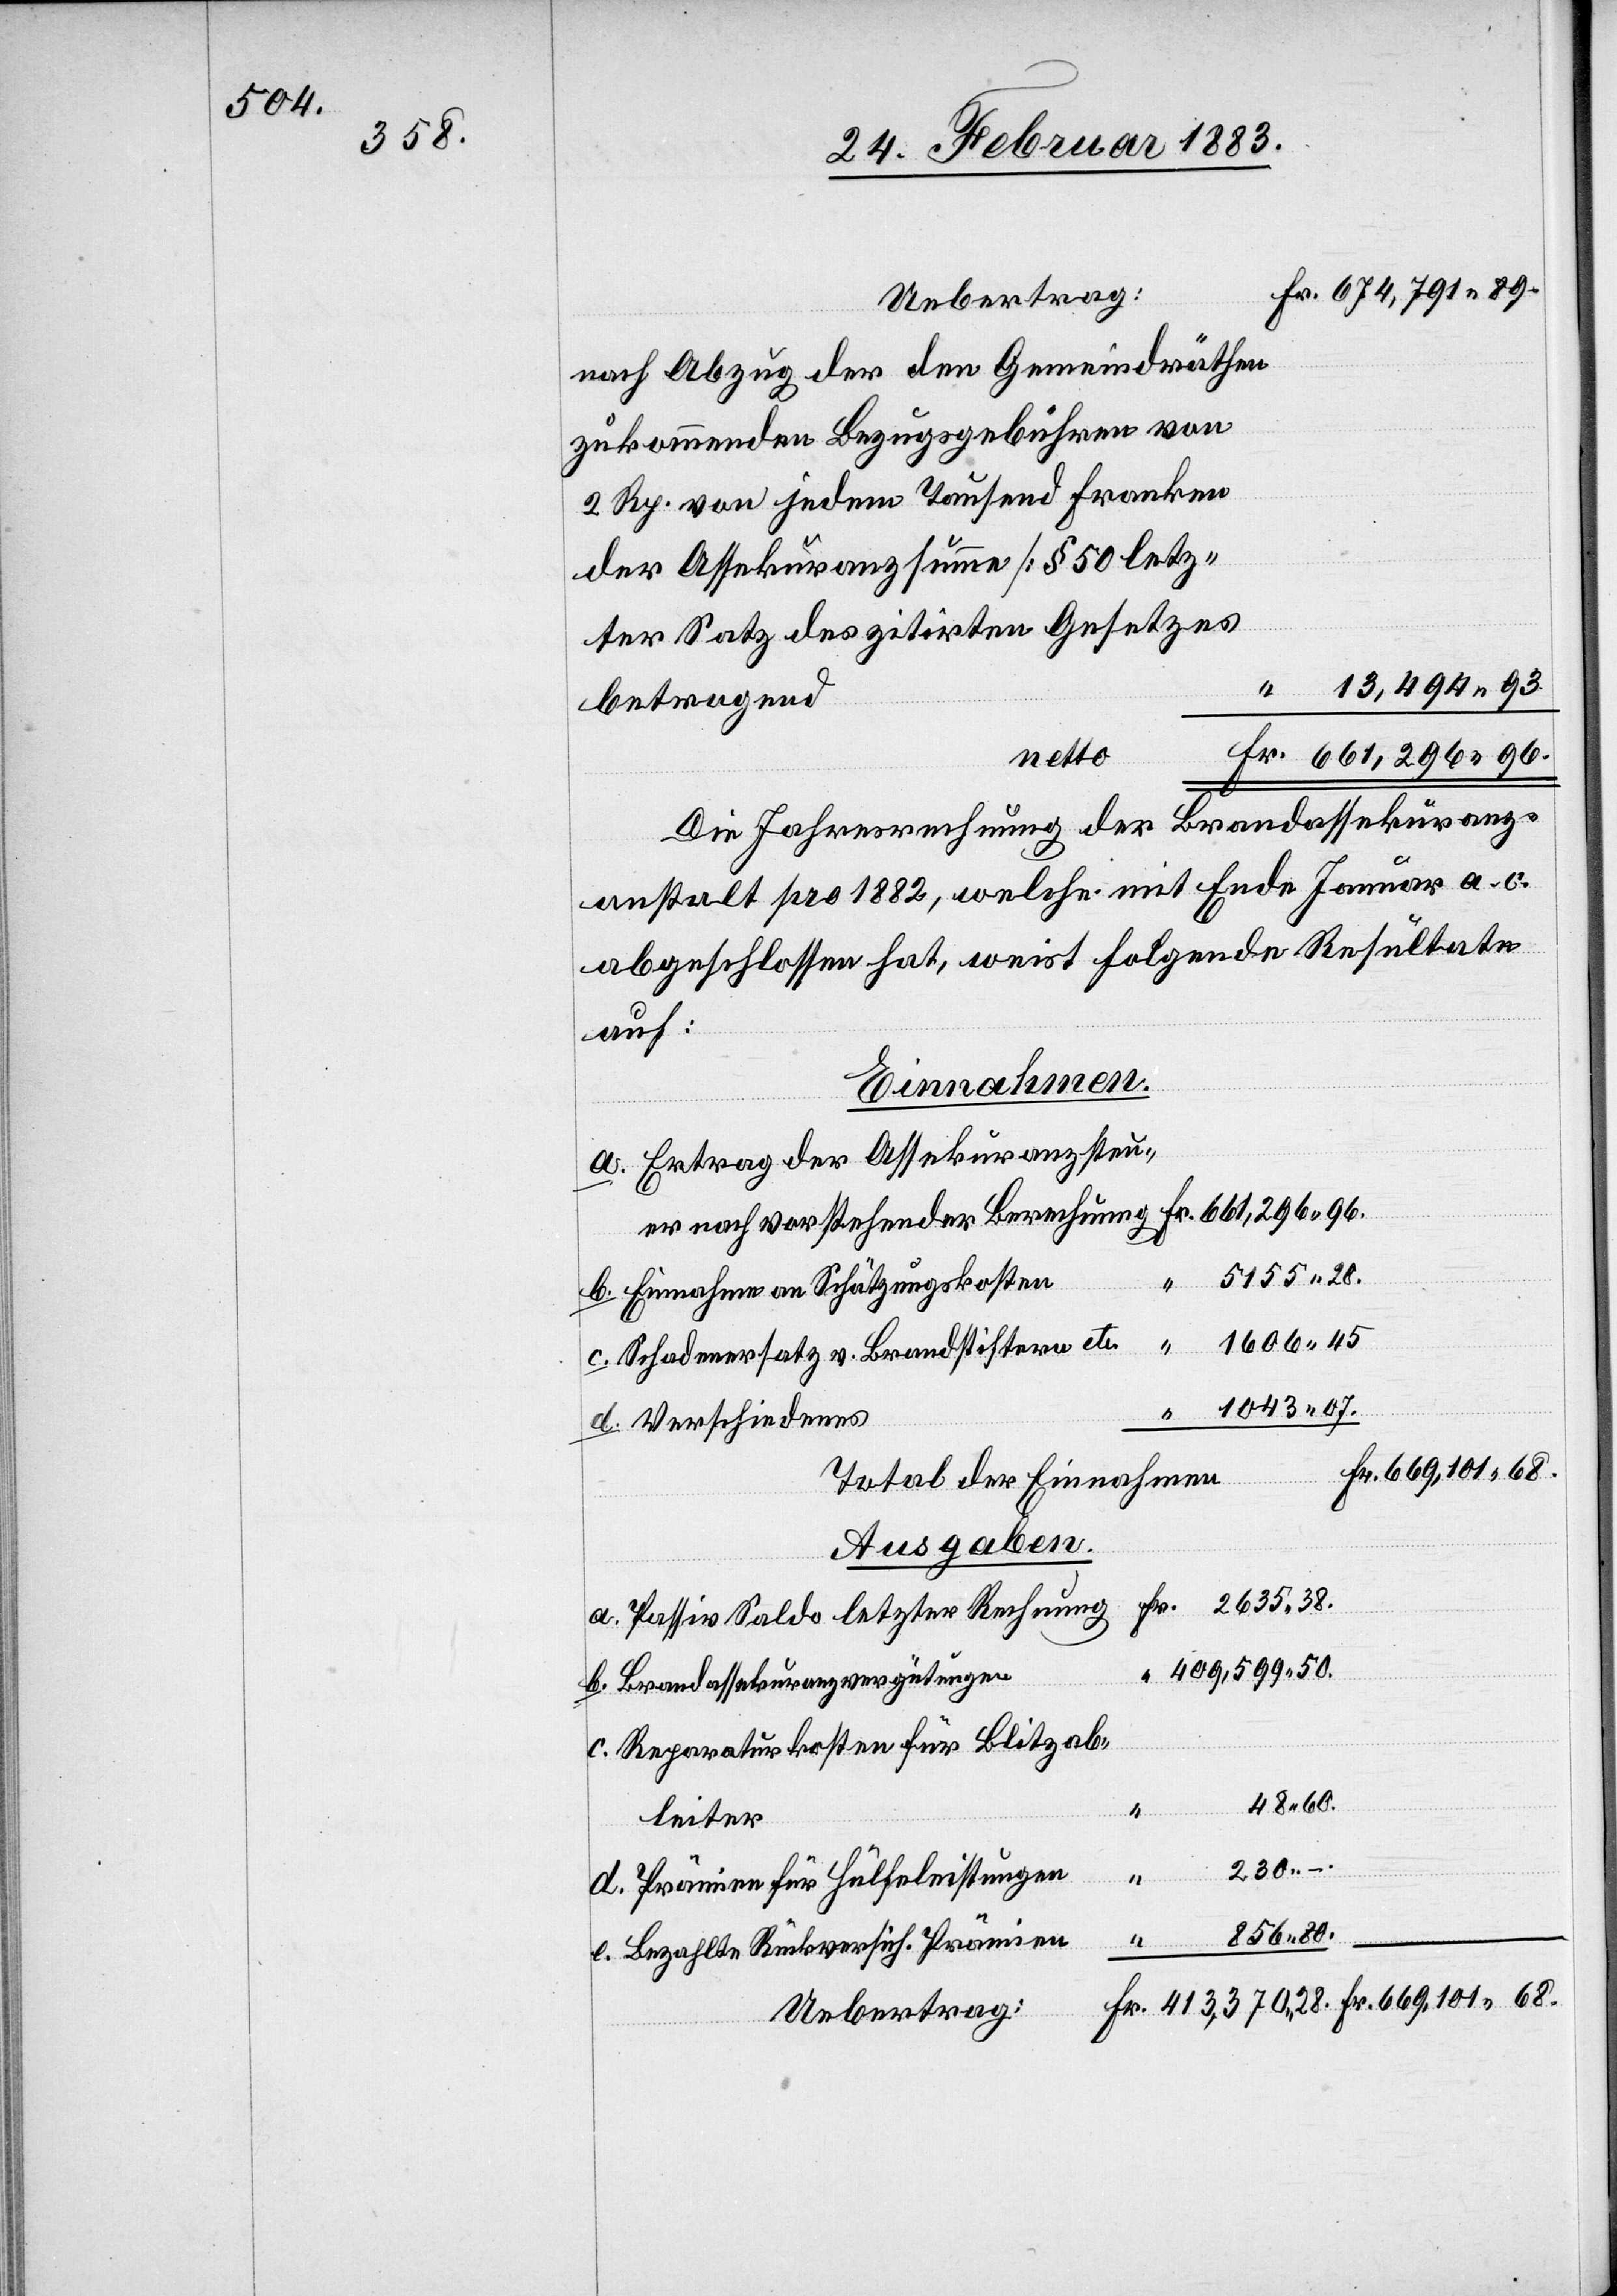
Uebertrag:
nach Abzug der den Gemeindräthen
zukommenden Bezugsgebühren von
2 Rp. von jedem Tausend Franken
der Assekuranzsumme [§ 50 letz¬
ter Satz des zitirten Gesetzes]
betragend
Die Jahresrechnung der Brandassekuranz¬
anstalt pro 1882, welche mit Ende Januar a. c.
abgeschlossen hat, weist folgende Resultate
auf:
Einnahmen.
Ertrag der Assekuranzsteu¬
5155 28.
230.
b.
Einnahme von Schätzungskosten
Schadenersatz v. Brandstiftern etc.
1043 07.
Verschiedenes
669,101 68.
stehender Berechnung
Total der Einnahmen
Ausgaben.
Passiv Saldo letzter Rechnung
409,599 50.
Brandassekuranzvergütungen
Reparaturkosten für Blitzab¬
48 60.
leiter
d.
Prämien für Hülfeleistungen
856 80.
–
e.
Bezahlte Rückversich. Prämien